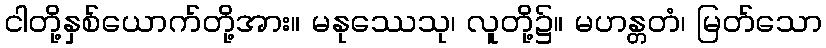
ငါတို့နှစ်ယောက်တို့အား။ မနုဿေသု၊ လူတို့၌။ မဟန္တတံ၊ မြတ်သော